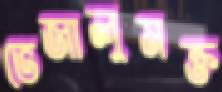
ভেজালুমক্ত